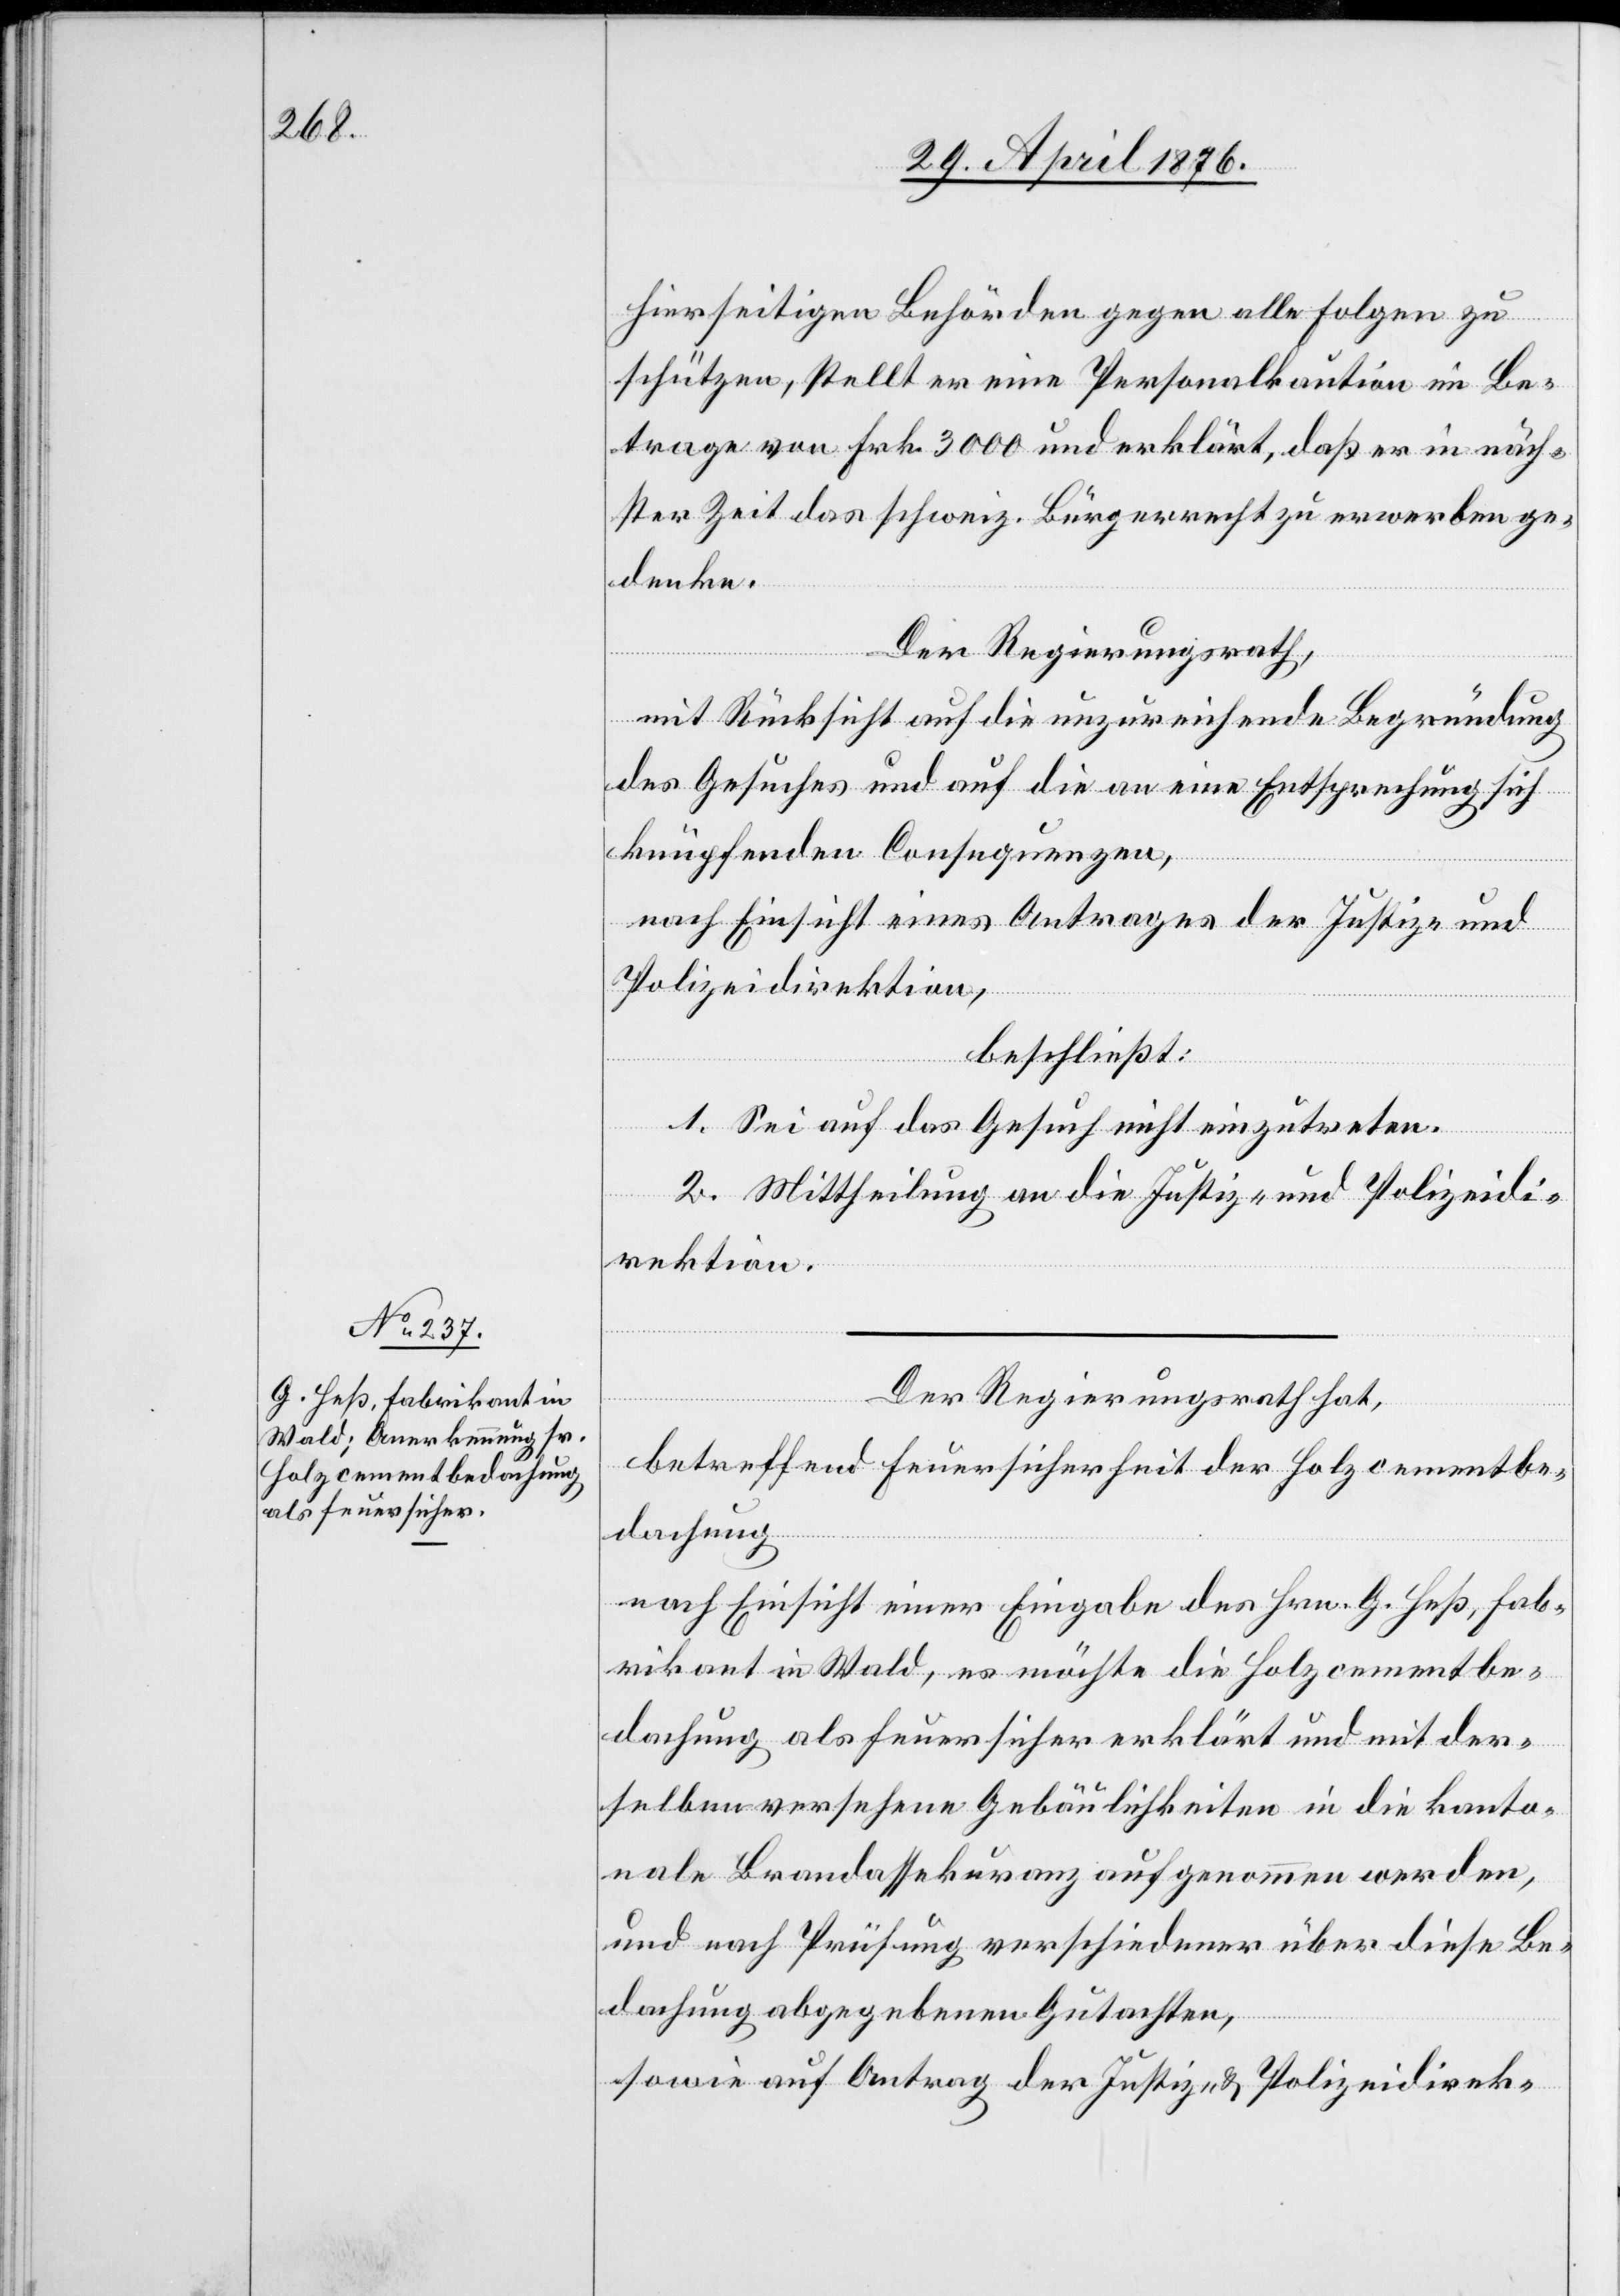
hierseitigen Behörden gegen alle Folgen zu
schützen, stellt er eine Personalkaution im Be¬
trage von Frk. 3000 und erklärt, das er in näch¬
ster Zeit das schweiz. Bürgerrecht zu erwerben ge¬
denke.
Der Regierungsrath,
mit Rücksicht auf die unzureichende Begründung
des Gesuches und auf die an eine Entsprechung sich
knüpfenden Consequenzen,
nach Einsicht eines Antrages der Direktion der
und
beschließt:
1. Sei auf das Gesuch nicht einzutreten.
2. Mittheilung an die Justiz- und Polizeidi¬
rektion.
Der Regierungsrath hat,
betreffend Feuersicherheit der Holzcementbe¬
dachung
nach Einsicht einer Eingabe des Hrn. G. Heß, Fab¬
rikant in Wald, es möchte die Holzcementbe¬
dachung als feuersicher erklärt und mit der¬
selben versehene Gebäulichkeiten in die kanto¬
nale Brandassekuranz aufgenommen werden,
und nach Prüfung verschiedener über diese Be¬
dachung abgegebene Gutachten,
sowie auf Antrag der Justiz- & Polizeidirek-